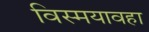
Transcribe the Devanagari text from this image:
विस्मयावहा